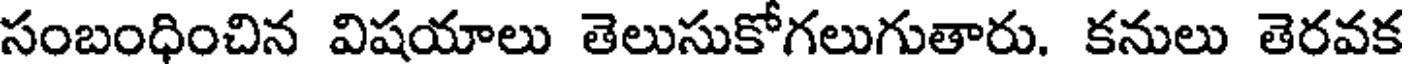
సంబంధించిన విషయాలు తెలుసుకోగలుగుతారు. కనులు తెరవక